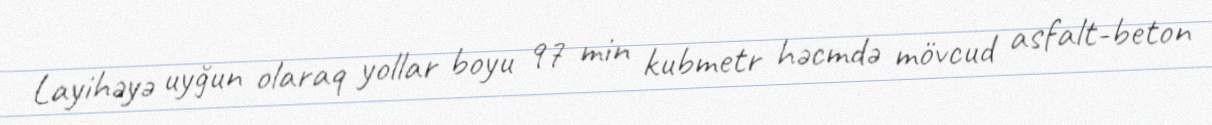
Layihəyə uyğun olaraq yollar boyu 97 min kubmetr həcmdə mövcud asfalt-beton